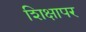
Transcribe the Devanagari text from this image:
शिक्षापर